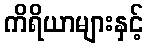
ကိရိယာများနှင့်